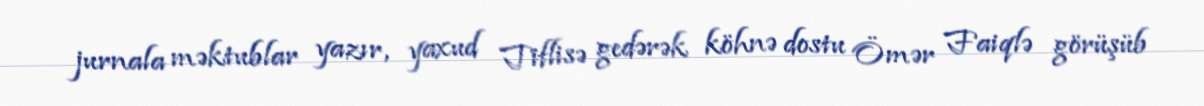
jurnala məktublar yazır, yaxud Tiflisə gedərək köhnə dostu Ömər Faiqlə görüşüb